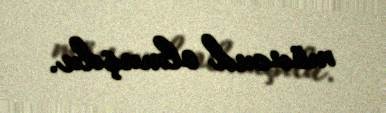
mövcud olmuşdu.